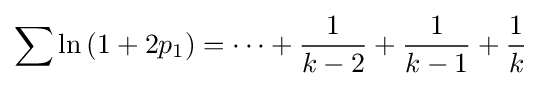
\sum \ln \left(1+2p_{1}\right)=\dots +{\frac {1}{k-2}}+{\frac {1}{k-1}}+{\frac {1}{k}}